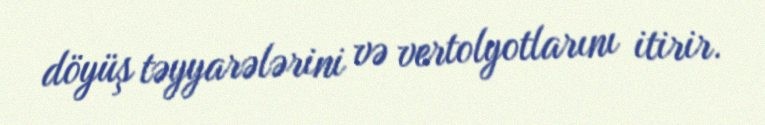
döyüş təyyarələrini və vertolyotlarını itirir.